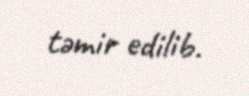
təmir edilib.